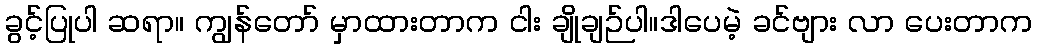
ခွင့်ပြုပါ ဆရာ။ ကျွန်တော် မှာထားတာက ငါး ချိုချဉ်ပါ။ဒါပေမဲ့ ခင်ဗျား လာ ပေးတာက